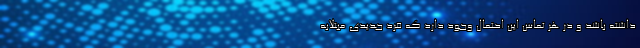
داشته باشد و در هر تماس این احتمال وجود دارد که فرد جدیدی مبتلابه